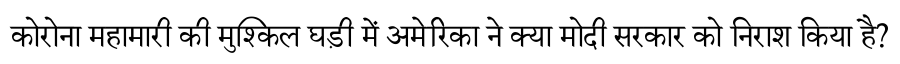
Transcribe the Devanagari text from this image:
कोरोना महामारी की मुश्किल घड़ी में अमेरिका ने क्या मोदी सरकार को निराश किया है?